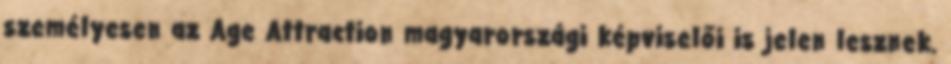
személyesen az Age Attraction magyarországi képviselői is jelen lesznek.